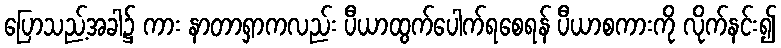
ပြောသည့်အခါ၌ ကား နာတာရှာကလည်း ပီယာထွက်ပေါက်ရစေရန် ပီယာစကားကို လိုက်နင်း၍